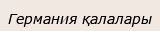
Германия қалалары